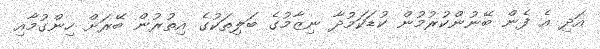
އަދި އެ ފެން ބޭނުންކުރުމުން ކުޑަކަމުދާ ނިޒާމުގެ ބަލިތަކުގެ އިތުރުން ބޭރަށް ހިންގުމާއި